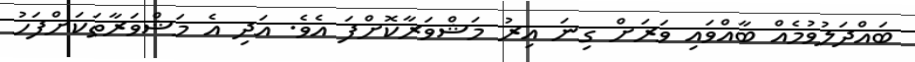
ބައްދަލުވުމެއް ބާއްވައި ވަރަށް ގިނަ އިރު މަޝްވަރާކޮށްފަ އެވެ. އަދި އެ މަޝްވަރާތަކަށްފަހު